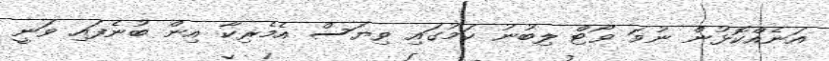
އަނެއްކޮޅުން ނުވަ ވޯޓް ލިބުނު ކަމުގައި ވިޔަސް އެމެރިކާ އިން ބުނެފައި ވަނީ